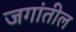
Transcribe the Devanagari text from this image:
जगांतील